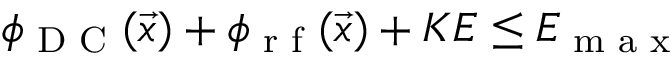
\phi _ { \textrm { D C } } ( \vec { x } ) + \phi _ { \textrm { r f } } ( \vec { x } ) + K E \leq E _ { \textrm { m a x } }